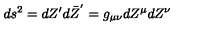
d s ^ { 2 } = d Z ^ { \prime } d \bar { Z } ^ { ' } = g _ { \mu \nu } d Z ^ { \mu } d Z ^ { \nu }